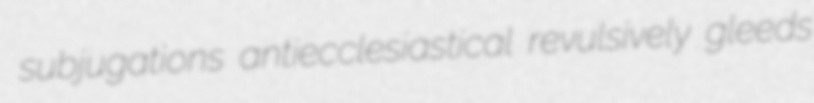
subjugations antiecclesiastical revulsively gleeds